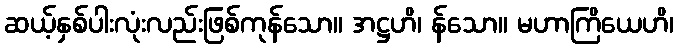
ဆယ့်နှစ်ပါးလုံးလည်းဖြစ်ကုန်သော။ အဋ္ဌဟိ၊ န်သော။ မဟာကြိယေဟိ၊